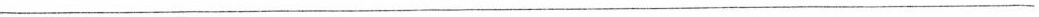
___